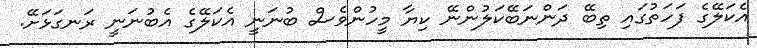
އެކަލޭގެ ފަހަތުގައި ތިބޭ ދަންނަބޭކަލުންނޭ ކިޔާ މީހުންވެސް ބުނަނީ އެކަލޭގެ އެބުނަނީ ރަނގަޅަށޭ.